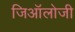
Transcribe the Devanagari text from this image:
जिऑलोजी